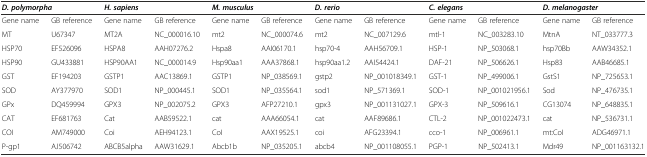
<table><thead><tr><td colspan="2"><b><i>D. polymorpha</i></b></td><td colspan="2"><b><i>H. sapiens</i></b></td><td colspan="2"><b><i>M. musculus</i></b></td><td colspan="2"><b><i>D. rerio</i></b></td><td colspan="2"><b><i>C. elegans</i></b></td><td colspan="2"><b><i>D. melanogaster</i></b></td></tr></thead><tbody><tr><td>Gene name</td><td>GB reference</td><td>Gene name</td><td>GB reference</td><td>Gene name</td><td>GB reference</td><td>Gene name</td><td>GB reference</td><td>Gene name</td><td>GB reference</td><td>Gene name</td><td>GB reference</td></tr><tr><td>MT</td><td>U67347</td><td>MT2A</td><td>NC_000016.10</td><td>mt2</td><td>NC_000074.6</td><td>mt2</td><td>NC_007129.6</td><td>mtl-1</td><td>NC_003283.10</td><td>MtnA</td><td>NT_033777.3</td></tr><tr><td>HSP70</td><td>EF526096</td><td>HSPA8</td><td>AAH07276.2</td><td>Hspa8</td><td>AAI06170.1</td><td>hsp70-4</td><td>AAH56709.1</td><td>HSP-1</td><td>NP_503068.1</td><td>hsp70Bb</td><td>AAW34352.1</td></tr><tr><td>HSP90</td><td>GU433881</td><td>HSP90AA1</td><td>NC_000014.9</td><td>Hsp90aa1</td><td>AAA37868.1</td><td>hsp90aa1.2</td><td>AAI54424.1</td><td>DAF-21</td><td>NP_506626.1</td><td>Hsp83</td><td>AAB46685.1</td></tr><tr><td>GST</td><td>EF194203</td><td>GSTP1</td><td>AAC13869.1</td><td>GSTP1</td><td>NP_038569.1</td><td>gstp2</td><td>NP_001018349.1</td><td>GST-1</td><td>NP_499006.1</td><td>GstS1</td><td>NP_725653.1</td></tr><tr><td>SOD</td><td>AY377970</td><td>SOD1</td><td>NP_000445.1</td><td>SOD1</td><td>NP_035564.1</td><td>sod1</td><td>NP_571369.1</td><td>SOD-1</td><td>NP_001021956.1</td><td>Sod</td><td>NP_476735.1</td></tr><tr><td>GPx</td><td>DQ459994</td><td>GPX3</td><td>NP_002075.2</td><td>GPX3</td><td>AFP27210.1</td><td>gpx3</td><td>NP_001131027.1</td><td>GPX-3</td><td>NP_509616.1</td><td>CG13074</td><td>NP_648835.1</td></tr><tr><td>CAT</td><td>EF681763</td><td>Cat</td><td>AAB59522.1</td><td>cat</td><td>AAA66054.1</td><td>cat</td><td>AAF89686.1</td><td>CTL-2</td><td>NP_001022473.1</td><td>cat</td><td>NP_536731.1</td></tr><tr><td>COI</td><td>AM749000</td><td>Coi</td><td>AEH94123.1</td><td>CoI</td><td>AAX19525.1</td><td>coi</td><td>AFG23394.1</td><td>cco-1</td><td>NP_006961.1</td><td>mt:CoI</td><td>ADG46971.1</td></tr><tr><td>P-gp1</td><td>AJ506742</td><td>ABCB5alpha</td><td>AAW31629.1</td><td>Abcb1b</td><td>NP_035205.1</td><td>abcb4</td><td>NP_001108055.1</td><td>PGP-1</td><td>NP_502413.1</td><td>Mdr49</td><td>NP_001163132.1</td></tr></tbody></table>